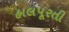
હાલપૂરતી